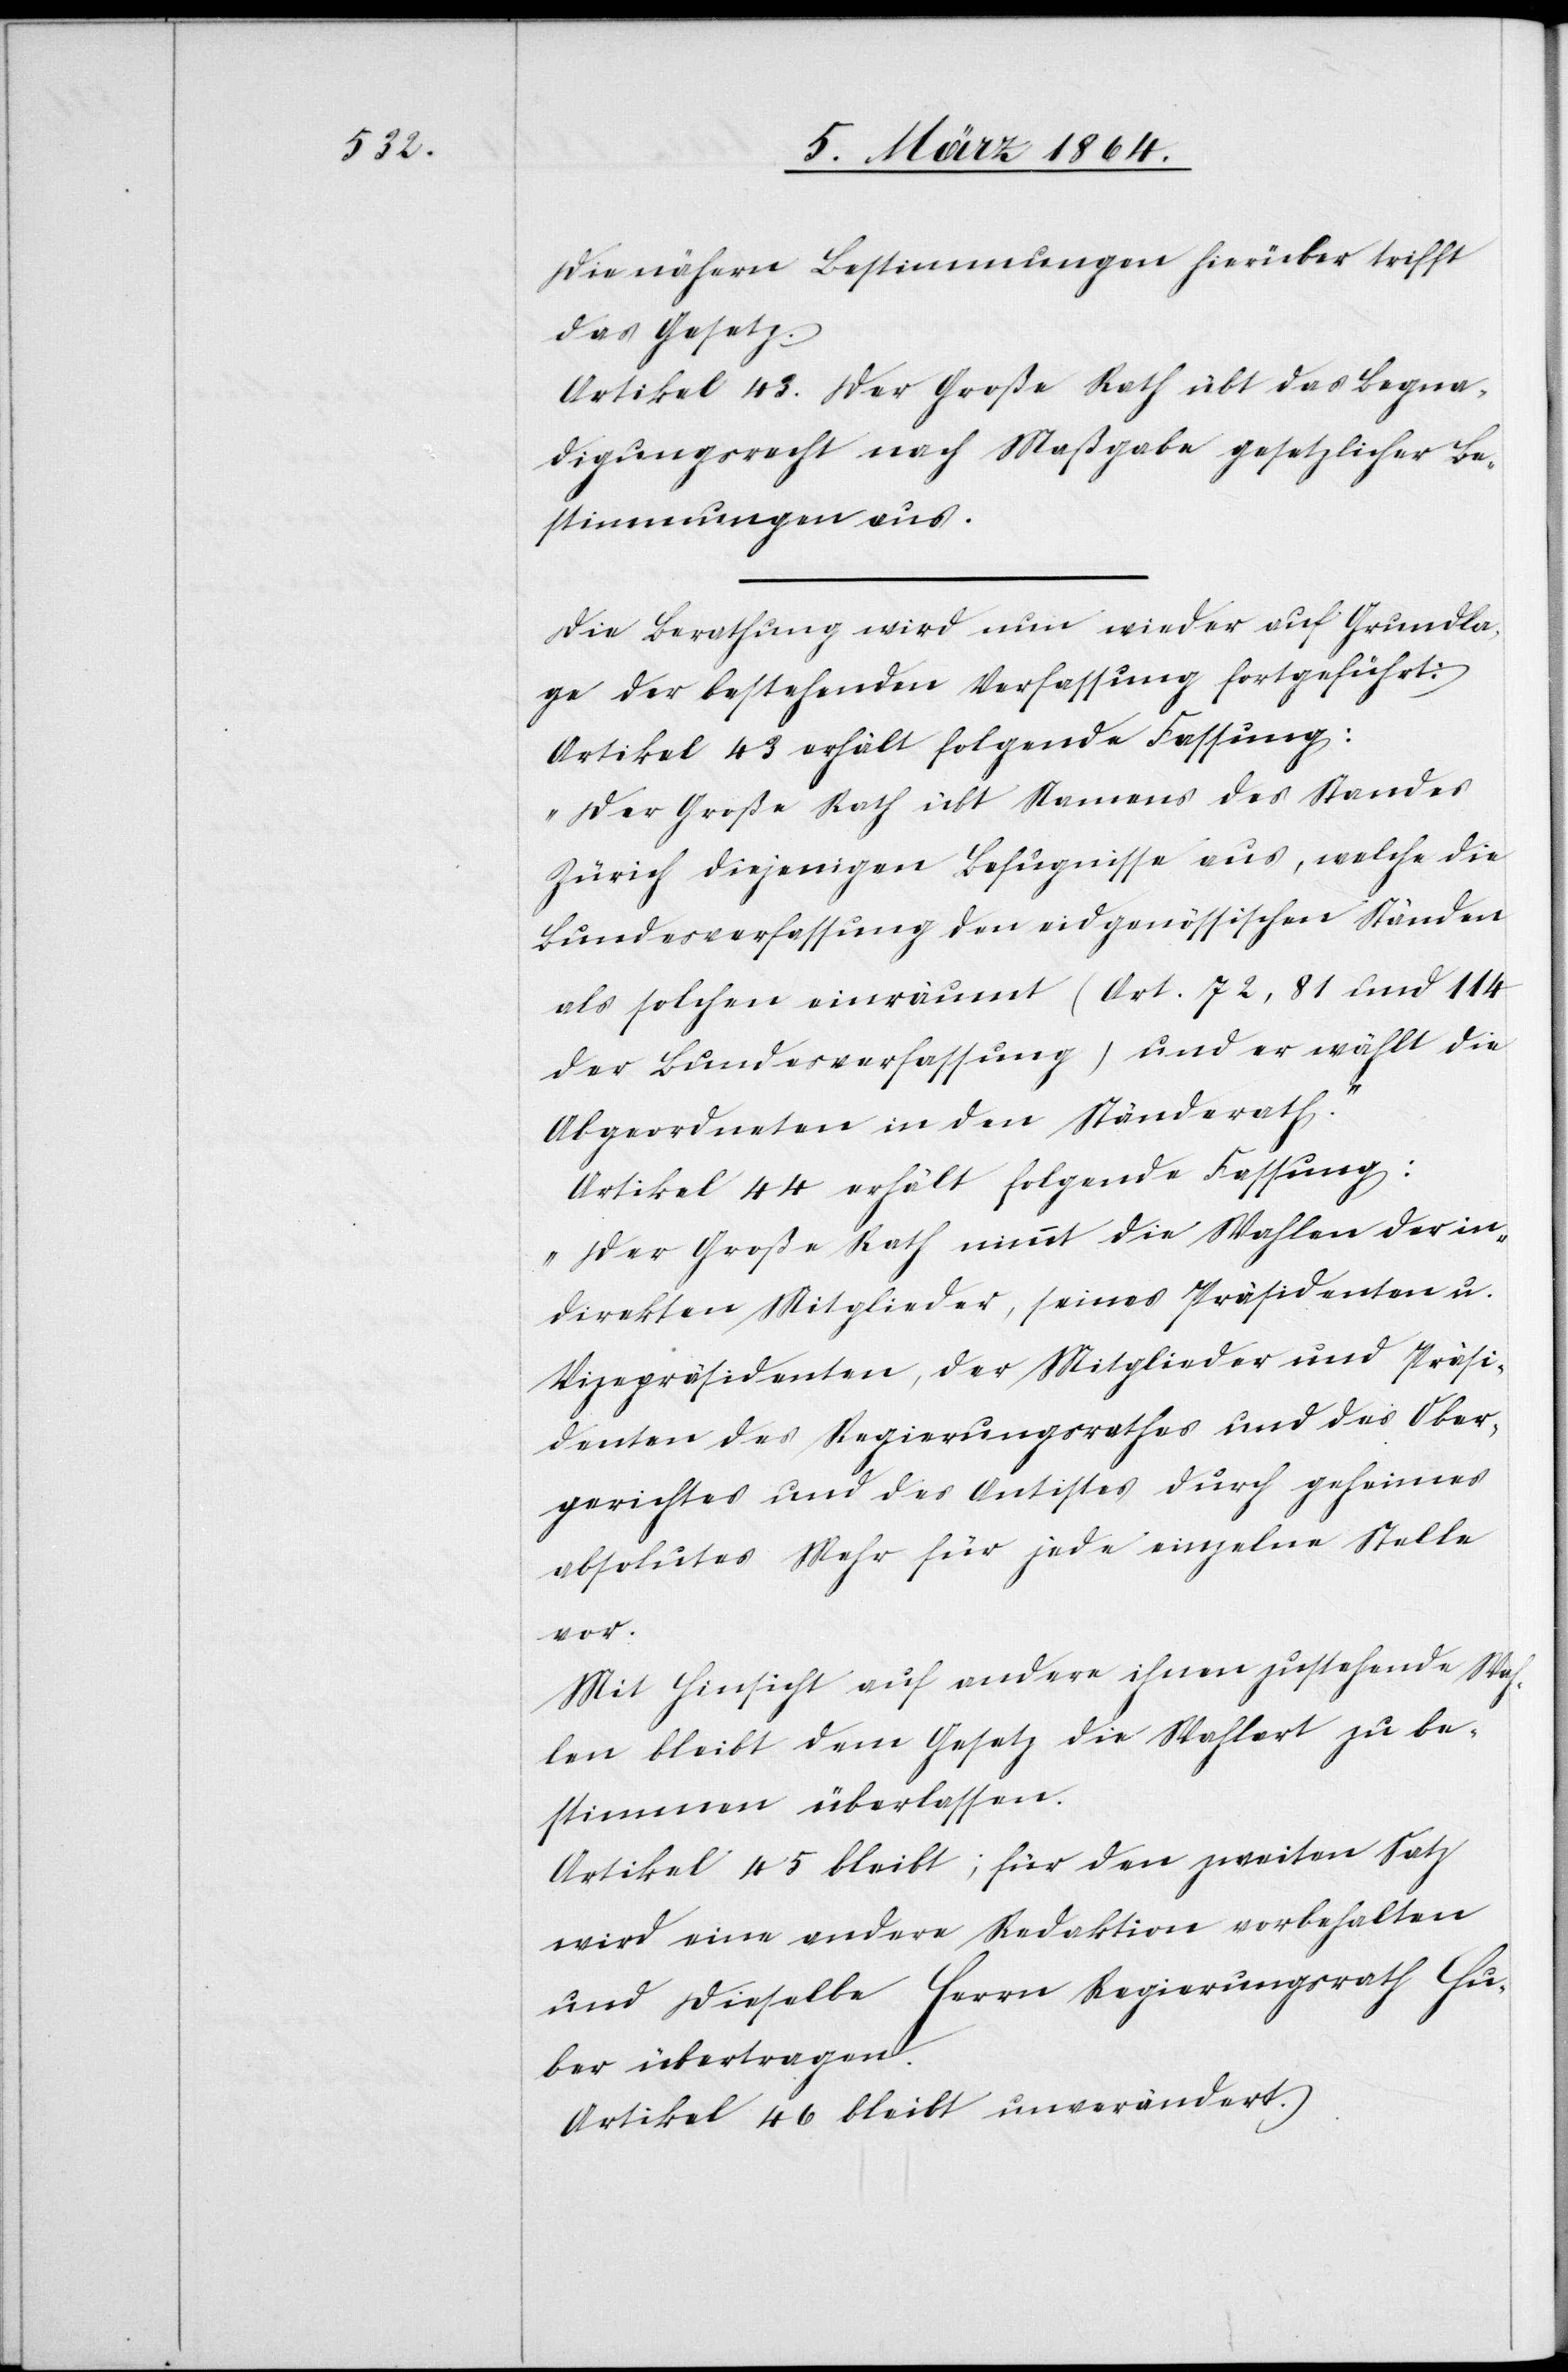
Die nähern Bestimmungen hierüber trifft
das Gesetz.
Artikel 43. Der Große Rath übt das Begna¬
digungsrecht nach Maßgabe gesetzlicher Be¬
stimmungen aus.
Die Berathung wird nun wieder auf Grundla¬
ge der bestehenden Verfassung fortgeführt:
Artikel 43 erhält folgende Fassung:
„Der Große Rath übt Namens des Standes
Zürich diejenigen Befugnisse aus, welche die
Bundesverfassung den eidgenössischen Ständen
als solches einräumt (Art. 72, 81 und 114
der Bundesverfassung) und er wählt die
Abgeordneten in den Ständerath.“
Artikel 44 erhält folgende Fassung:
„Der Große Rath nimmt die Wahlen der in¬
direkten Mitglieder, seines Präsidenten u.
Vizepräsidenten, der Mitglieder und Präsi¬
denten des Regierungsrathes und des Ober¬
gerichtes und des Antistes durch geheimes
absolutes Mehr für jede einzelne Stelle
vor.
Mit Hinsicht auf andere ihnen zustehende Wah¬
len bleibt dem Gesetz die Wahlart zu be¬
stimmen überlassen.
Artikel 45 bleibt; für den zweiten Satz
wird eine andere Redaktion vorbehalten
und dieselbe Herrn Regierungsrath Hu¬
ber übertragen.
Artikel 46 bleibt unverändert.